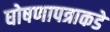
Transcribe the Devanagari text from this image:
घोषणापत्राकडे